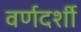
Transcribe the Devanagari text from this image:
वर्णदर्शी